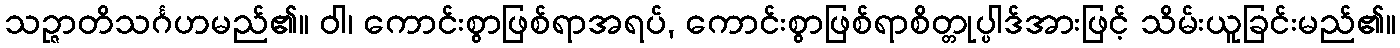
သဉ္ဇာတိသင်္ဂဟမည်၏။ ဝါ၊ ကောင်းစွာဖြစ်ရာအရပ်, ကောင်းစွာဖြစ်ရာစိတ္တုပ္ပါဒ်အားဖြင့် သိမ်းယူခြင်းမည်၏။